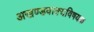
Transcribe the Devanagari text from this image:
अखण्डवाक्यविषयक